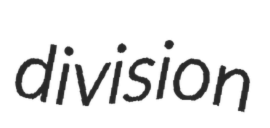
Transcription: division